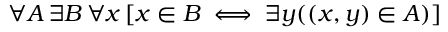
\forall A \, \exists B \, \forall x \, [ x \in B \iff \exists y ( ( x , y ) \in A ) ]